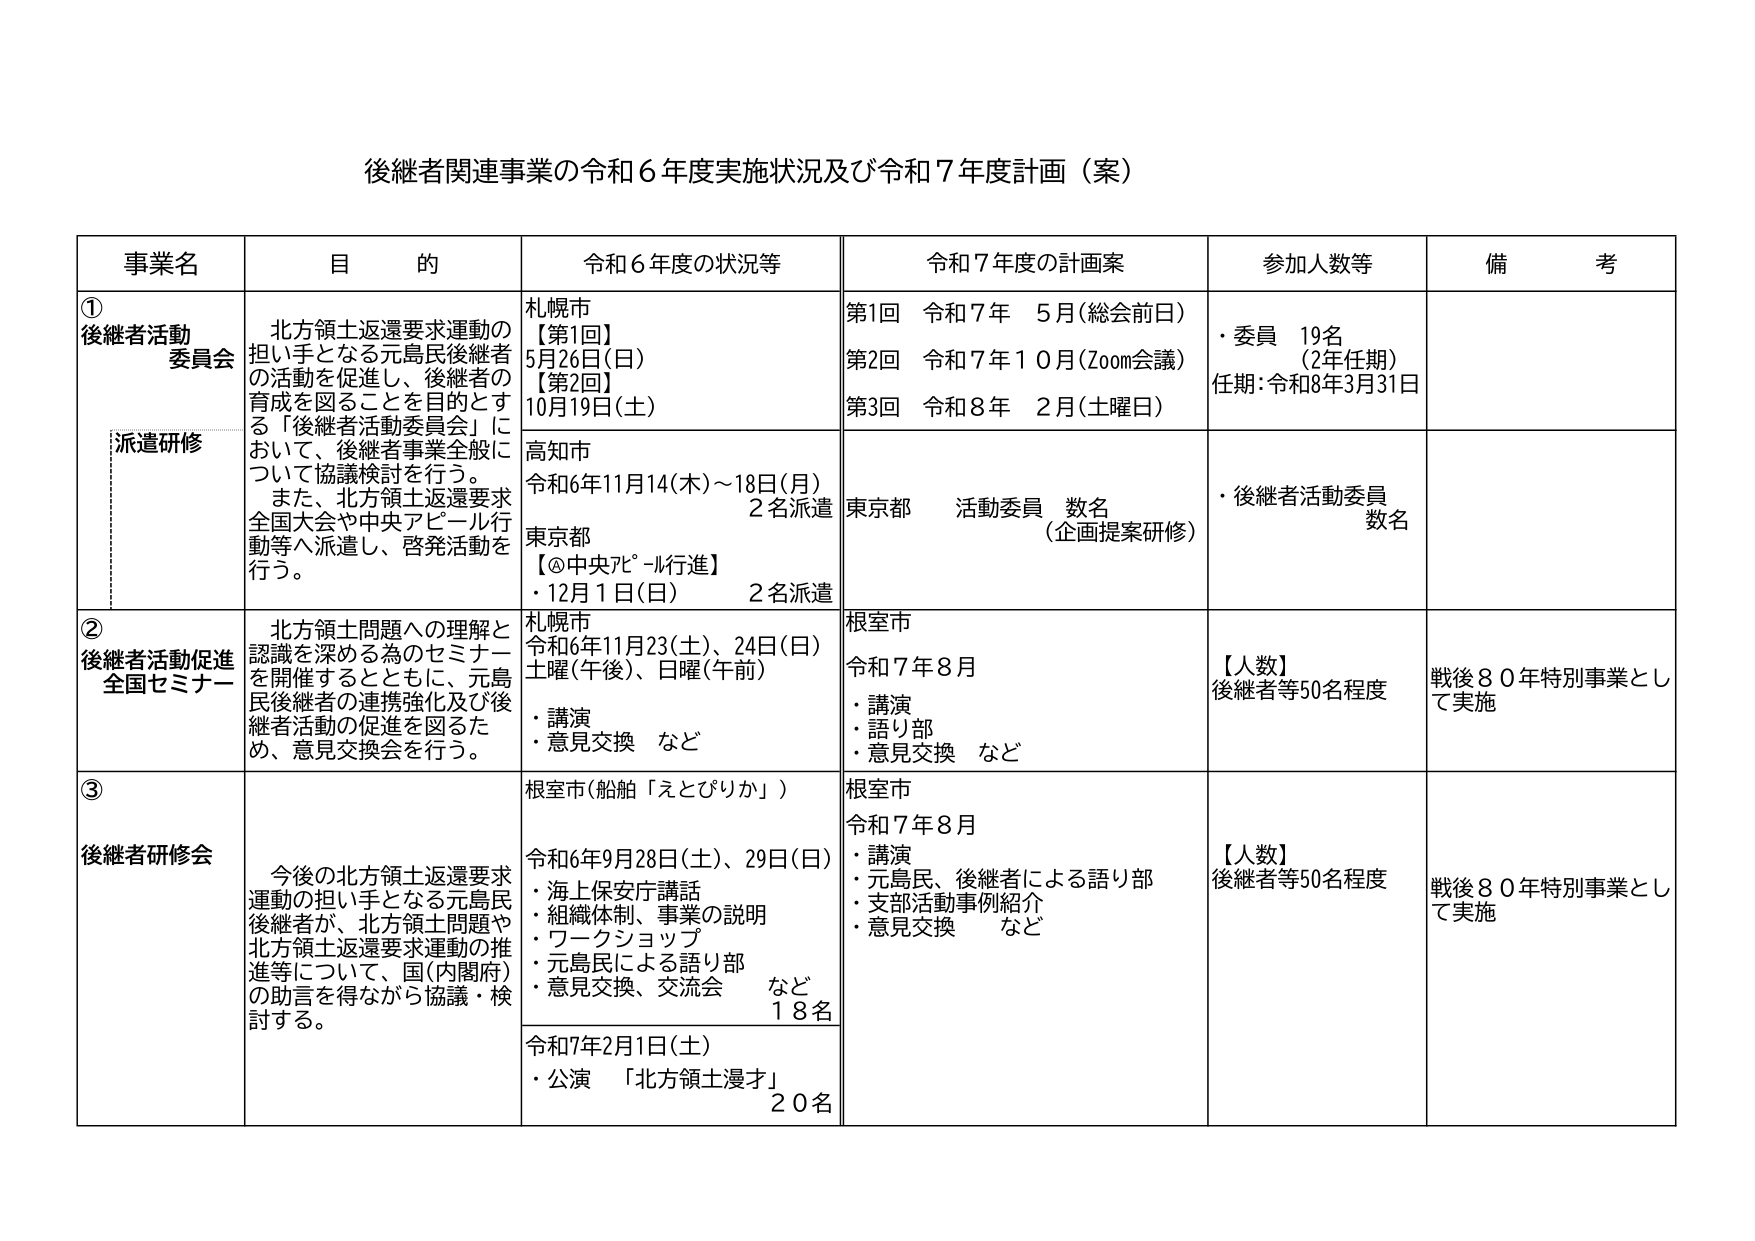
後継者関連事業の令和６年度実施状況及び令和７年度計画（案）

事業名　　　　　　目的　　　　　　　　　　令和６年度の状況等　　　　　　令和７年度の計画案　　　　　　参加人数等　　　　　　備考

① 後継者活動委員会　北方領土返還要求運動の担い手となる元島民後継者の活動を促進し、後継者の育成を図ることを目的とする「後継者活動委員会」について、後継者事業全般について協議検討を行う。また、北方領土返還要求全国大会や中央アピール行動等へ派遣し、啓発活動を行う。　札幌市【第1回】5月26日（日）【第2回】10月19日（土）　高知市令和6年11月14（木）～18日（月）2名派遣　東京都【＠中央アピール行進】・12月1日（日）　2名派遣　第1回　令和７年　5月（総会前日）第2回　令和７年10月（Zoom会議）第3回　令和８年　2月（土曜日）　東京都　活動委員　数名（企画提案研修）　・委員　19名（2年任期）任期：令和8年3月31日　・後継者活動委員　数名

派遣研修

② 後継者活動促進全国セミナー　北方領土問題への理解と認識を深める為のセミナーを開催するとともに、元島民後継者の連携強化及び後継者活動の促進を図るため、意見交換会を行う。　札幌市令和6年11月23（土）、24日（日）土曜（午後）、日曜（午前）・講演・意見交換　など　根室市令和７年8月・講演・語り部・意見交換　など　【人数】後継者等50名程度　戦後80年特別事業として実施

③ 後継者研修会　今後の北方領土返還要求運動の担い手となる元島民後継者が、北方領土問題や北方領土返還要求運動の推進等について、国（内閣府）の助言を得ながら協議・検討する。　根室市（船舶「えとびりか」）令和6年9月28日（土）、29日（日）・海上保安庁講話・組織体制、事業の説明・ワークショップ・元島民による語り部・意見交換、交流会　など　18名　令和7年2月1日（土）・公演　「北方領土漫才」　20名　根室市令和７年8月・講演・元島民、後継者による語り部・支部活動事例紹介・意見交換　など　【人数】後継者等50名程度　戦後80年特別事業として実施